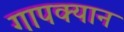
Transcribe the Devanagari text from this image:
गापक्यान